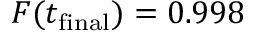
F ( t _ { \mathrm { f i n a l } } ) = 0 . 9 9 8